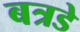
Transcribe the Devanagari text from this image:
बत्रडे